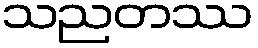
သညတဿ